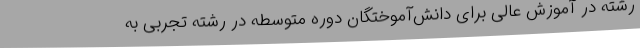
رشته در آموزش عالی برای دانش‌آموختگان دوره متوسطه در رشته تجربی به